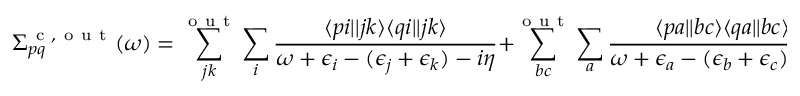
\Sigma _ { p q } ^ { \mathrm { ~ c ~ , ~ o ~ u ~ t ~ } } ( \omega ) = \sum _ { j k } ^ { \mathrm { ~ o ~ u ~ t ~ } } \sum _ { i } \frac { \langle p i | | j k \rangle \langle q i | | j k \rangle } { \omega + \epsilon _ { i } - ( \epsilon _ { j } + \epsilon _ { k } ) - i \eta } + \sum _ { b c } ^ { \mathrm { ~ o ~ u ~ t ~ } } \sum _ { a } \frac { \langle p a | | b c \rangle \langle q a | | b c \rangle } { \omega + \epsilon _ { a } - ( \epsilon _ { b } + \epsilon _ { c } ) + i \eta } ,